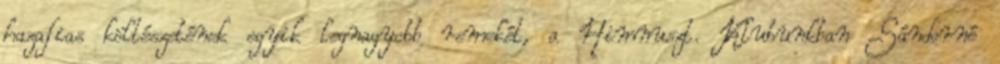
hazafias költészetének egyik legnagyobb remekét, a Himnuszt. Klubunkban Sándorné